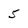
Character: 5